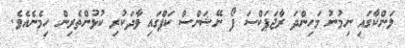
ލަންކާގައި ނިމުނު މަހިންދަ ރާޖަޕަކްސަ ފޯ ނޭޝަންސް ކަޕްގައި ވާދަކުރި ކުޅުންތެރިން ހިމެނެއެވެ.